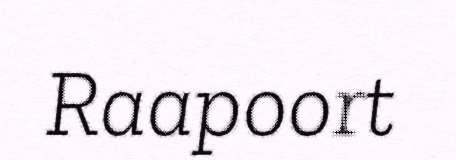
Raapoort